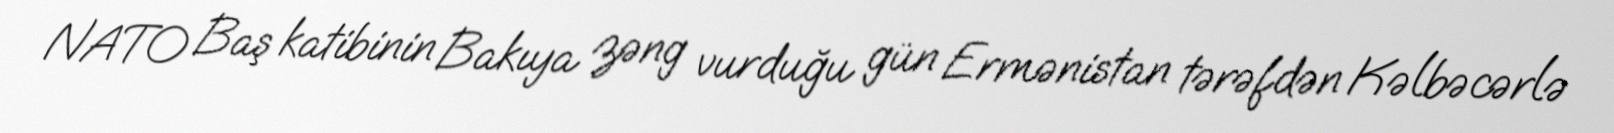
NATO Baş katibinin Bakıya zəng vurduğu gün Ermənistan tərəfdən Kəlbəcərlə